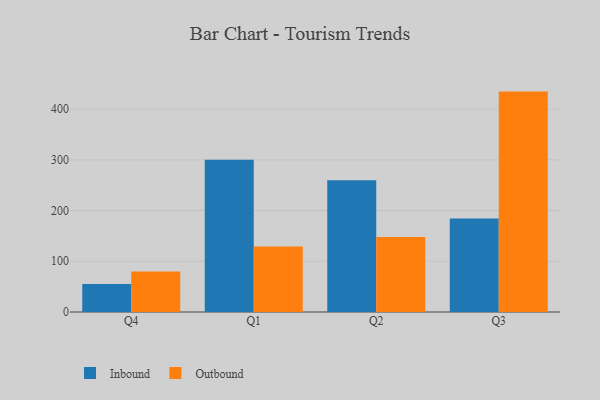
{"axis": {"x": "Quarter", "y": "LTV (USD)"}, "legend": ["Inbound", "Outbound"], "data": [{"x": "Q4", "y": 55.0, "type": "Inbound"}, {"x": "Q4", "y": 79.7, "type": "Outbound"}, {"x": "Q1", "y": 300.3, "type": "Inbound"}, {"x": "Q1", "y": 129.3, "type": "Outbound"}, {"x": "Q2", "y": 259.7, "type": "Inbound"}, {"x": "Q2", "y": 147.7, "type": "Outbound"}, {"x": "Q3", "y": 184.5, "type": "Inbound"}, {"x": "Q3", "y": 434.6, "type": "Outbound"}]}